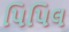
પિપિલ